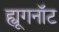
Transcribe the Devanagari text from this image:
ह्यूगनॉट